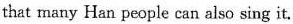
that many Han people can also sing it.